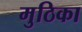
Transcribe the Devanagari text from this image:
मुठिका